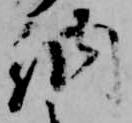
納